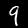
Digit: 9